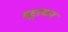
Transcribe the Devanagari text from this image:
स्ट्राचन